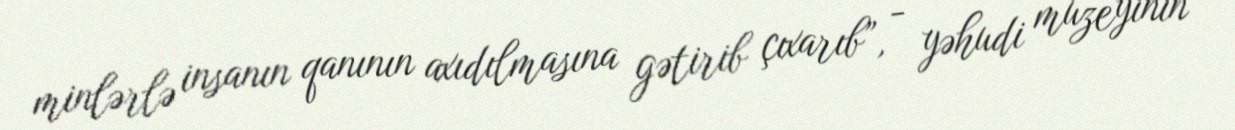
minlərlə insanın qanının axıdılmasına gətirib çıxarıb”, - yəhudi muzeyinin